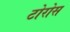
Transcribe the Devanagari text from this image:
टोरोस